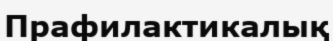
Прафилактикалық